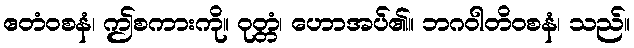
ဧတံဝစနံ၊ ဤစကားကို။ ဝုတ္တံ၊ ဟောအပ်၏။ ဘဂဝါတိဝစနံ၊ သည်။